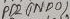
Text: PD2